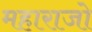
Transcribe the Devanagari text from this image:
महाराजो